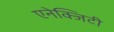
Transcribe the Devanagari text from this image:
एनेक्जिटी